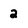
Character: 2